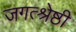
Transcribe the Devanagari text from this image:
जगत्श्रेष्ठी